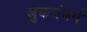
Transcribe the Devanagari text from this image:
लुकजंबर्ग